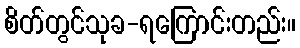
စိတ်တွင်သုခ-ရကြောင်းတည်း။